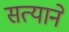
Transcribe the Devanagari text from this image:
सत्याने